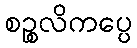
စဉ္စလိကပ္ပေ